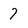
Character: 7